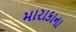
મારાકાના